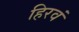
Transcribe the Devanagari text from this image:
हिरवं